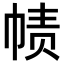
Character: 帻